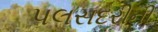
પલસદરીની